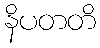
နိပတတိ